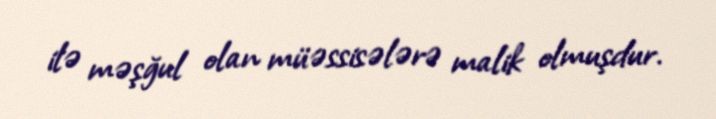
ilə məşğul olan müəssisələrə malik olmuşdur.